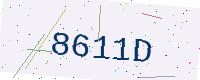
Text: 8611D